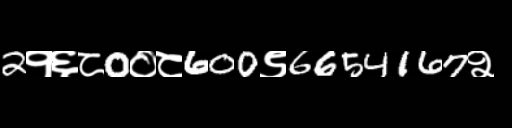
Text: 2१६८0०८600९6654167२